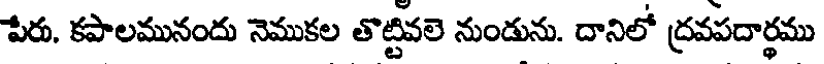
పేరు. కపాలమునందు నెముకల తొట్టివలె నుండును. దానిలో ద్రవపదార్థము